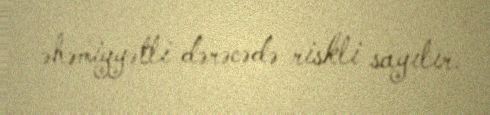
əhəmiyyətli dərəcədə riskli sayılır.